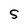
Character: S